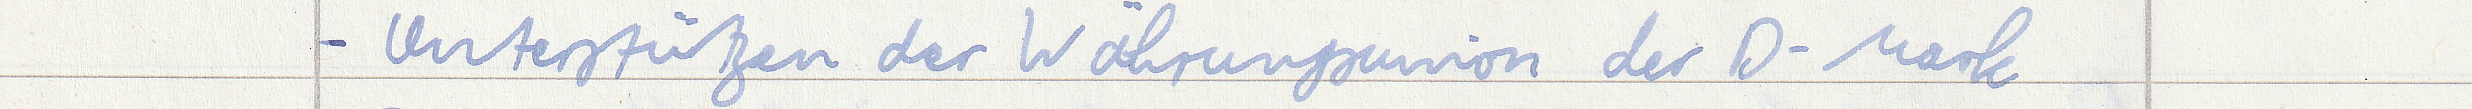
- Unterstützen der Währungsunion der D-Mark